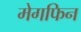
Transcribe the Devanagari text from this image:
मेगफिन